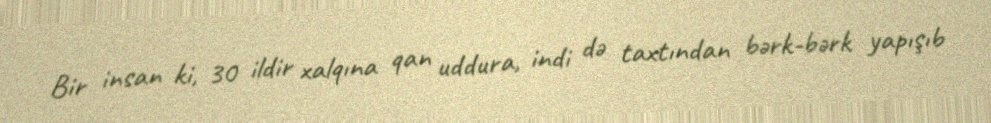
Bir insan ki, 30 ildir xalqına qan uddura, indi də taxtından bərk-bərk yapışıb